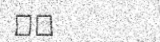
٢٨